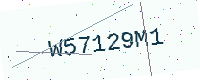
Text: W57129M1